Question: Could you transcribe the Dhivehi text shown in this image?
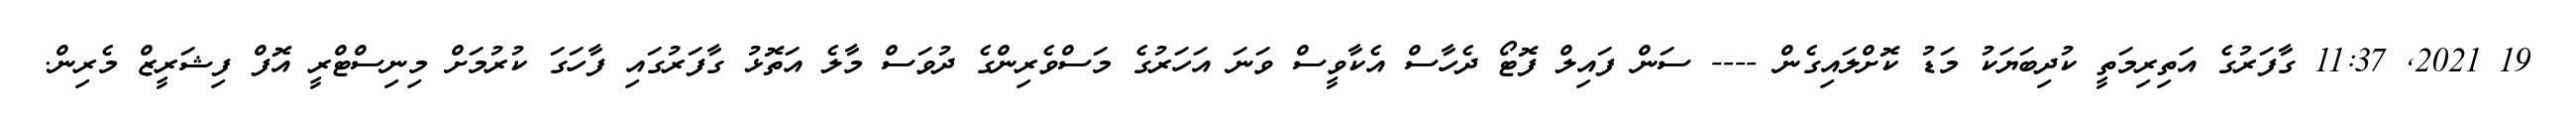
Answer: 19 2021, 11:37 ގާފަރުގެ އަތިރިމަތީ ކުދިބަޔަކު މަޑު ކޮށްލައިގެން ---- ސަން ފައިލް ފޮޓޯ ދެހާސް އެކާވީސް ވަނަ އަހަރުގެ މަސްވެރިންގެ ދުވަސް މާލެ އަތޮޅު ގާފަރުގައި ފާހަގަ ކުރުމަށް މިނިސްޓްރީ އޮފް ފިޝަރީޒް މެރިން.